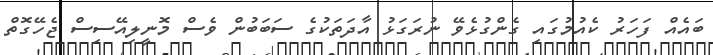
ބައެއް ފަހަރު ކެއުމުގައި ގެންގުޅެވޭ ނުރަގަޅު އާދަތަކުގެ ސަބަބުން ވެސް މޮނީލިއޭސިސް ޖެހޭގޮތް